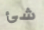
شئ